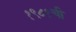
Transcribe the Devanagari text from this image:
१९८१ची